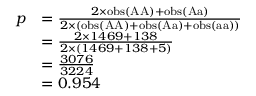
{ \begin{array} { r l } { p } & { = { \frac { 2 \times \mathrm { o b s } ( { \mathrm { A A } } ) + \mathrm { o b s } ( { \mathrm { A a } } ) } { 2 \times ( \mathrm { o b s } ( { \mathrm { A A } } ) + \mathrm { o b s } ( { \mathrm { A a } } ) + \mathrm { o b s } ( { \mathrm { a a } } ) ) } } } \\ & { = { \frac { 2 \times 1 4 6 9 + 1 3 8 } { 2 \times ( 1 4 6 9 + 1 3 8 + 5 ) } } } \\ & { = { \frac { 3 0 7 6 } { 3 2 2 4 } } } \\ & { = 0 . 9 5 4 } \end{array} }